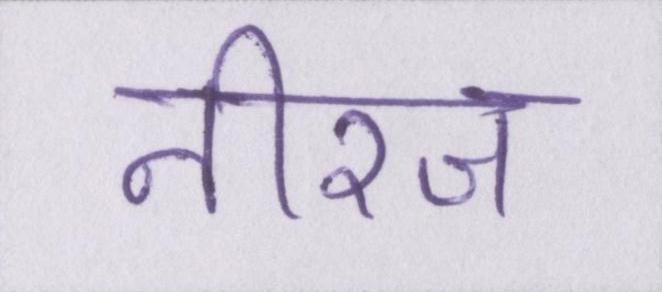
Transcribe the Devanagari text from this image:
नीरज